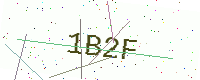
Text: 1B2F